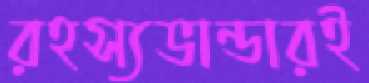
রহস্যভান্ডারই